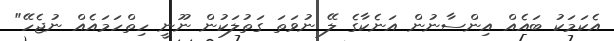
އެކަމަކު ބައެއް އިންސާނުން އަނެކާގެ ލޭ ނުވަތަ ގަތުލަކުން ނޫނީ ހިތްހަމައެއް ނުޖެހޭ"